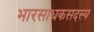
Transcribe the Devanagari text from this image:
भारसाधकसदस्य